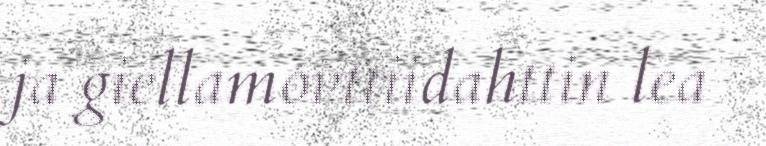
ja giellamovttiidahttin lea